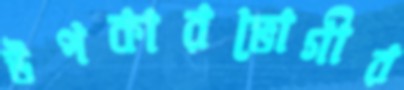
উপকারভোগীর